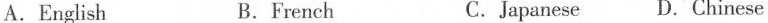
A.English B.French C.Japanese D.Chinese